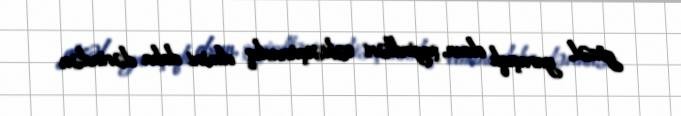
gözəl, yaraşıqlı olsun, şagirdləri təbiətşünaslıq elmini daha dərindən